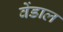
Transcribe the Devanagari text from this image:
वेंडाल